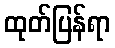
ထုတ်ပြန်ရာ